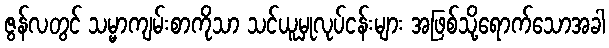
ဇွန်လတွင် သမ္မာကျမ်းစာကိုသာ သင်ယူမှုလုပ်ငန်းများ အဖြစ်သို့ရောက်သောအခါ